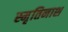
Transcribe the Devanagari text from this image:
स्मृतिनाश